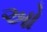
ઓ